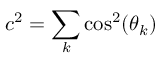
c ^ { 2 } = \sum _ { k } \cos ^ { 2 } ( \theta _ { k } )